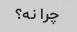
چرا نه؟